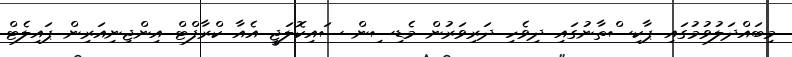
މިބައްދަލުވުމުގައި ޕާކިސްތާނުގައި ދިވެހި ދަރިވަރުން މެޑިސިން ސައިކޮލަޖީ އެއާ ކްރާފްޓް އިންޖިނިއަރިން ޕައިލެޓް